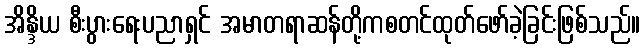
အိန္ဒိယ စီးပွားရေးပညာရှင် အမာတရာဆန်တို့ကစတင်ထုတ်ဖော်ခဲ့ခြင်းဖြစ်သည်။